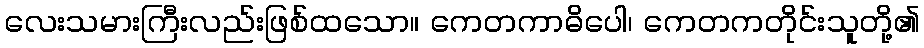
လေးသမားကြီးလည်းဖြစ်ထသော။ ကေတကာဓိပေါ၊ ကေတကတိုင်းသူတို့၏